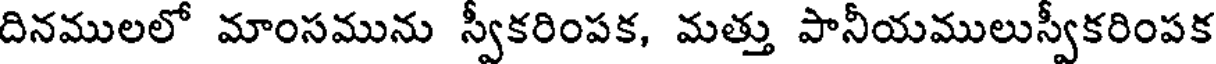
దినములలో మాంసమును స్వీకరింపక, మత్తు పానీయములుస్వీకరింపక